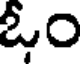
ఓం